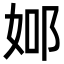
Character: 𨚴